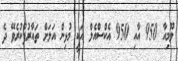
ލޫމިއާ 950 އާއި 950 އެކްސްއެލް އަކީ މުޅިން އަލަށް ތައާރުފުކުރެވޭ ދެ